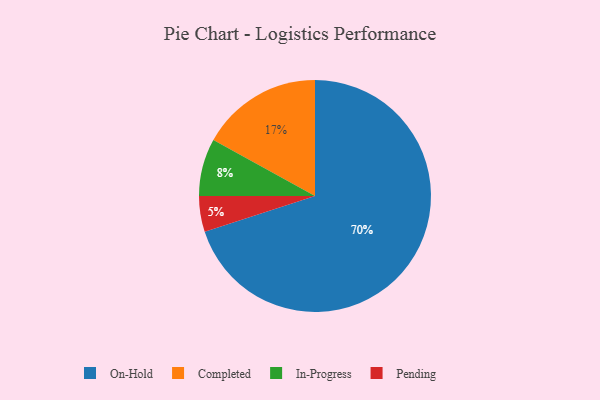
{"axis": {"x": "Category", "y": "Percentage"}, "legend": ["Completed", "In-Progress", "On-Hold", "Pending"], "data": [{"x": "Completed", "y": 17, "type": "Completed"}, {"x": "On-Hold", "y": 70, "type": "On-Hold"}, {"x": "In-Progress", "y": 8, "type": "In-Progress"}, {"x": "Pending", "y": 5, "type": "Pending"}]}